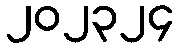
၂၀၂၃၂၄